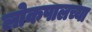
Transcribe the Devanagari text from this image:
लोकपालच्या